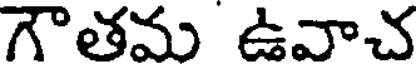
గౌతమ ఉవాచ